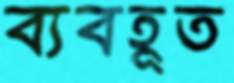
ব্যবহূত